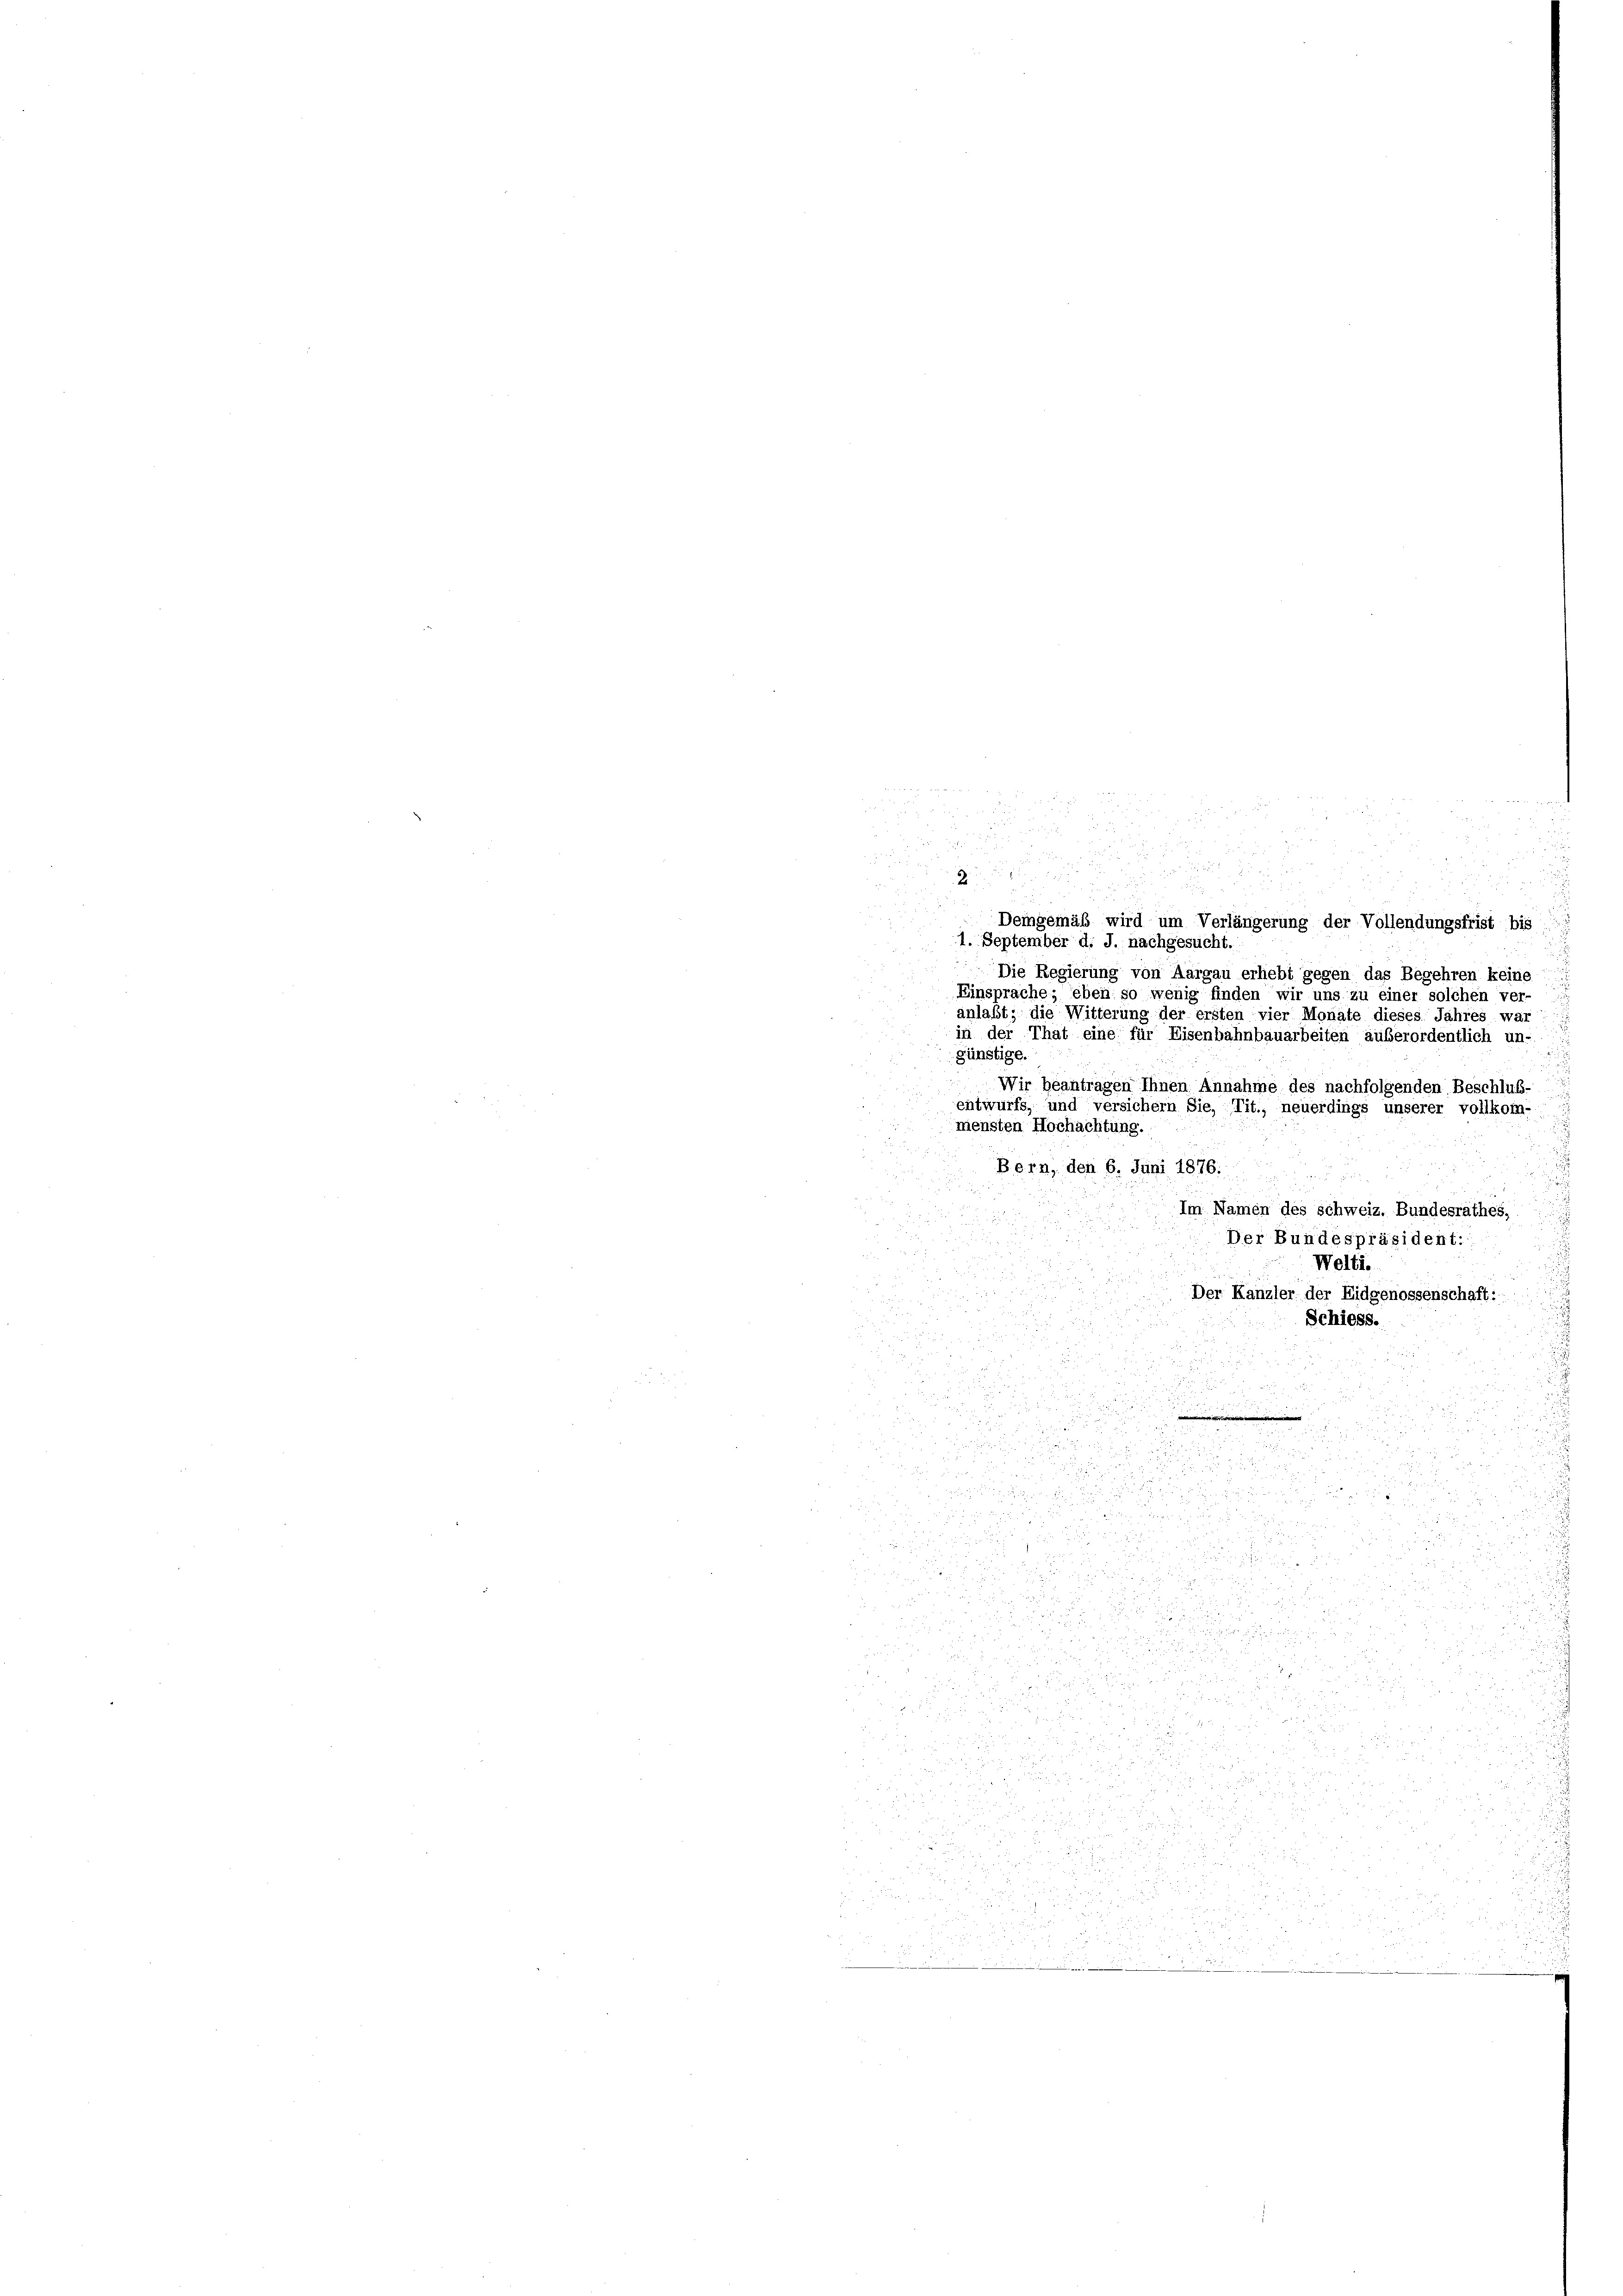
.

Demgemäß wird um Verlängerung der Vollendungsfrist bis
1. September d. J. nachgesucht.
Die Regierung von Aargau erhebt gegen das Begehren keine
Einsprache; eben so wenig finden wir uns zu einer solchen ver-
anlaßt; die Witterung der ersten vier Monate dieses Jahres war
in der That eine für Eisenbahnbauarbeiten außerordentlich un-
günstige.
Wir beantragen Ihnen Annahme des nachfolgenden Beschluß-
entwurfs, und versichern Sie, Tit., neuerdings unserer vollkom-
mensten Hochachtung.
Bern, den 6. Juni 1876.
Im Namen des Schweiz. Bundesrathes,
Der Bundespräsident:
Welti.

Der Kanzler der Eidgenossenschaft:

.
Schiess.